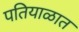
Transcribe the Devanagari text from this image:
पतियाळात